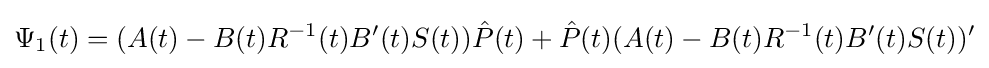
\Psi _{1}(t)=(A(t)-B(t)R^{-1}(t)B'(t)S(t)){\hat {P}}(t)+{\hat {P}}(t)(A(t)-B(t)R^{-1}(t)B'(t)S(t))'